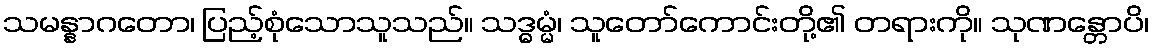
သမန္နာဂတော၊ ပြည့်စုံသောသူသည်။ သဒ္ဓမ္မံ၊ သူတော်ကောင်းတို့၏ တရားကို။ သုဏန္တောပိ၊